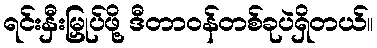
ရင်းနှီးမြှုပ်ဖို့ ဒီတာဝန်တစ်ခုပဲရှိတယ်။